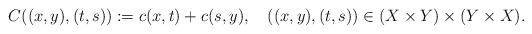
LaTeX: \begin{align*}C((x,y),(t,s)):=c(x,t)+c(s,y),\ \ \ ((x,y),(t,s))\in (X\times Y)\times(Y\times X).\end{align*}